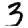
Digit: 3